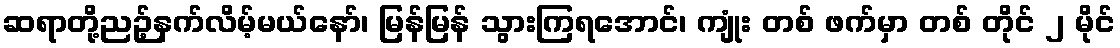
ဆရာတို့ညဉ့်နက်လိမ့်မယ်နော်၊ မြန်မြန် သွားကြရအောင်၊ ကျုံး တစ် ဖက်မှာ တစ် တိုင် ၂ မိုင်